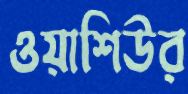
ওয়াশিউর